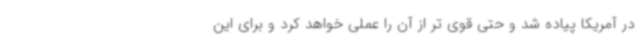
در آمریکا پیاده شد و حتی قوی تر از آن را عملی خواهد کرد و برای این